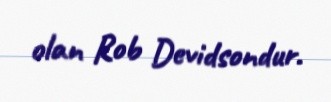
olan Rob Devidsondur.